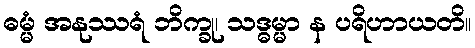
ဓမ္မံ အနုဿရံ ဘိက္ခု၊ သဒ္ဓမ္မာ န ပရိဟာယတိ။